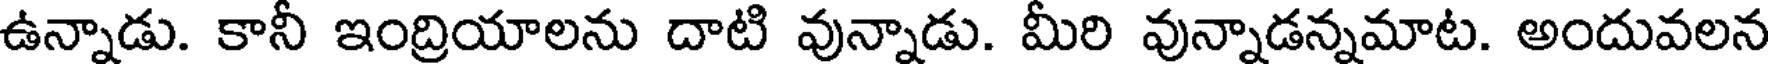
ఉన్నాడు. కానీ ఇంద్రియాలను దాటి వున్నాడు. మీరి వున్నాడన్నమాట. అందువలన